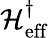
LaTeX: \mathcal{H}_{\mathrm{eff}}^{\dagger}